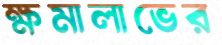
ক্ষমালাভের